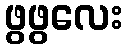
ဖွဖွလေး